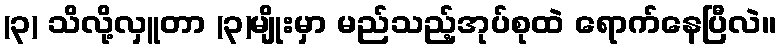
(၃) သိလို့လှူတာ (၃)မျိုးမှာ မည်သည့်အုပ်စုထဲ ရောက်နေပြီလဲ။